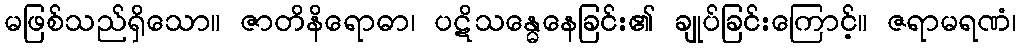
မဖြစ်သည်ရှိသော။ ဇာတိနိရောဓာ၊ ပဋိသန္ဓေနေခြင်း၏ ချုပ်ခြင်းကြောင့်။ ဇရာမရဏံ၊